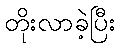
တိုးလာခဲ့ပြီး